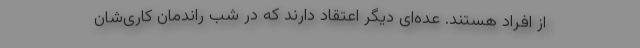
از افراد هستند. عده‌ای دیگر اعتقاد دارند که در شب راندمان کاری‌شان